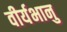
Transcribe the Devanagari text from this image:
वीर्यभानु